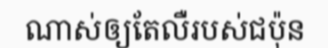
ណាស់ឲ្យតែលឺរបស់ជប៉ុន